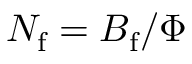
N _ { \mathrm { f } } = B _ { \mathrm { f } } / \Phi